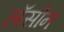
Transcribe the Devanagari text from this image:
लॅसोन